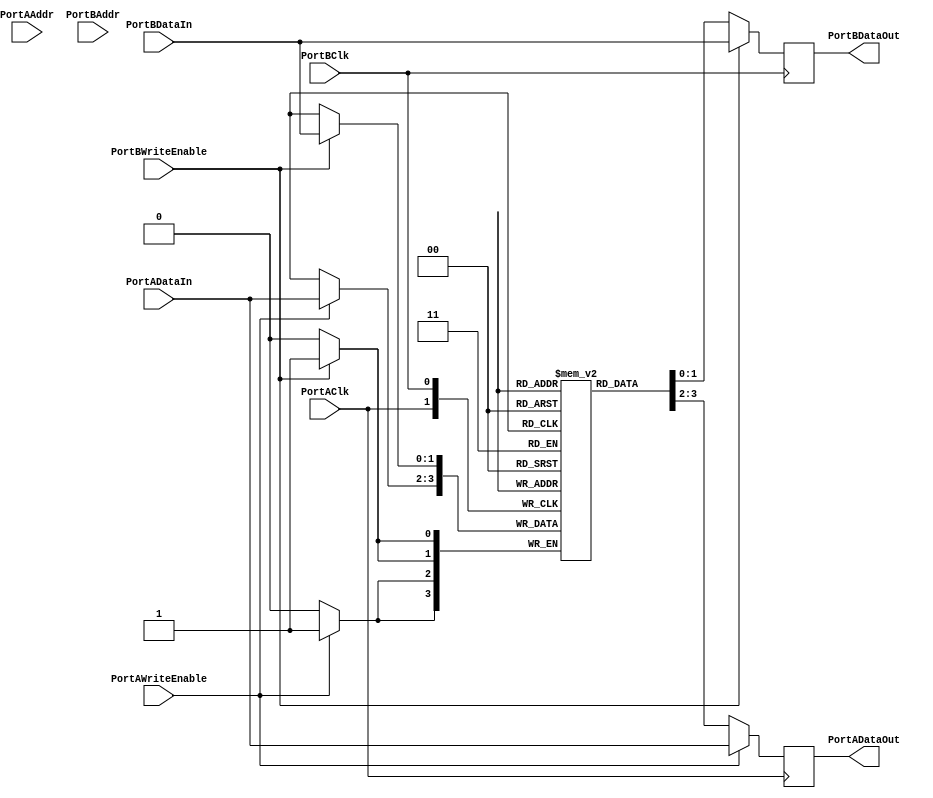
/* 
*Copyright (c) 2021, Alibaba Group;
*Licensed under the Apache License, Version 2.0 (the "License");
*you may not use this file except in compliance with the License.
*You may obtain a copy of the License at

*   http://www.apache.org/licenses/LICENSE-2.0

*Unless required by applicable law or agreed to in writing, software
*distributed under the License is distributed on an "AS IS" BASIS,
*WITHOUT WARRANTIES OR CONDITIONS OF ANY KIND, either express or implied.
*See the License for the specific language governing permissions and
*limitations under the License.
*/

module fpga_uram(
  PortAClk,
  PortAAddr,
  PortADataIn,
  PortAWriteEnable,
  PortADataOut,
  PortBClk,
  PortBAddr,
  PortBDataIn,
  PortBWriteEnable,
  PortBDataOut
);

parameter  DATAWIDTH = 2;
parameter  ADDRWIDTH = 2;
parameter  MEMORY_INIT_FILE = "none";

input                     PortAClk;
input   [(ADDRWIDTH-1):0] PortAAddr;
input   [(DATAWIDTH-1):0] PortADataIn;
input                     PortAWriteEnable;
output  [(DATAWIDTH-1):0] PortADataOut; 
input                     PortBClk;
input   [(ADDRWIDTH-1):0] PortBAddr;
input   [(DATAWIDTH-1):0] PortBDataIn;
input                     PortBWriteEnable;
output  [(DATAWIDTH-1):0] PortBDataOut; 

parameter  MEMDEPTH = (2**(ADDRWIDTH))/(DATAWIDTH/8);

reg [(DATAWIDTH-1):0] mem [(MEMDEPTH-1):0] /* synthesis syn_ramstyle = "no_rw_check" */;
initial begin
    if (MEMORY_INIT_FILE != "none")
        $readmemh(MEMORY_INIT_FILE, mem);
end

reg [(DATAWIDTH-1):0] PortADataOut;

always @(posedge PortAClk)
begin
  if(PortAWriteEnable)
  begin
    mem[PortAAddr]  <= PortADataIn;
    PortADataOut    <= PortADataIn;
  end
  else
  begin
    PortADataOut    <= mem[PortAAddr];
  end
end

reg [(DATAWIDTH-1):0] PortBDataOut;

always @(posedge PortBClk)
begin
  if(PortBWriteEnable)
  begin
    mem[PortBAddr]  <= PortBDataIn;
    PortBDataOut    <= PortBDataIn;
  end
  else
  begin
    PortBDataOut    <= mem[PortBAddr];
  end
end

endmodule